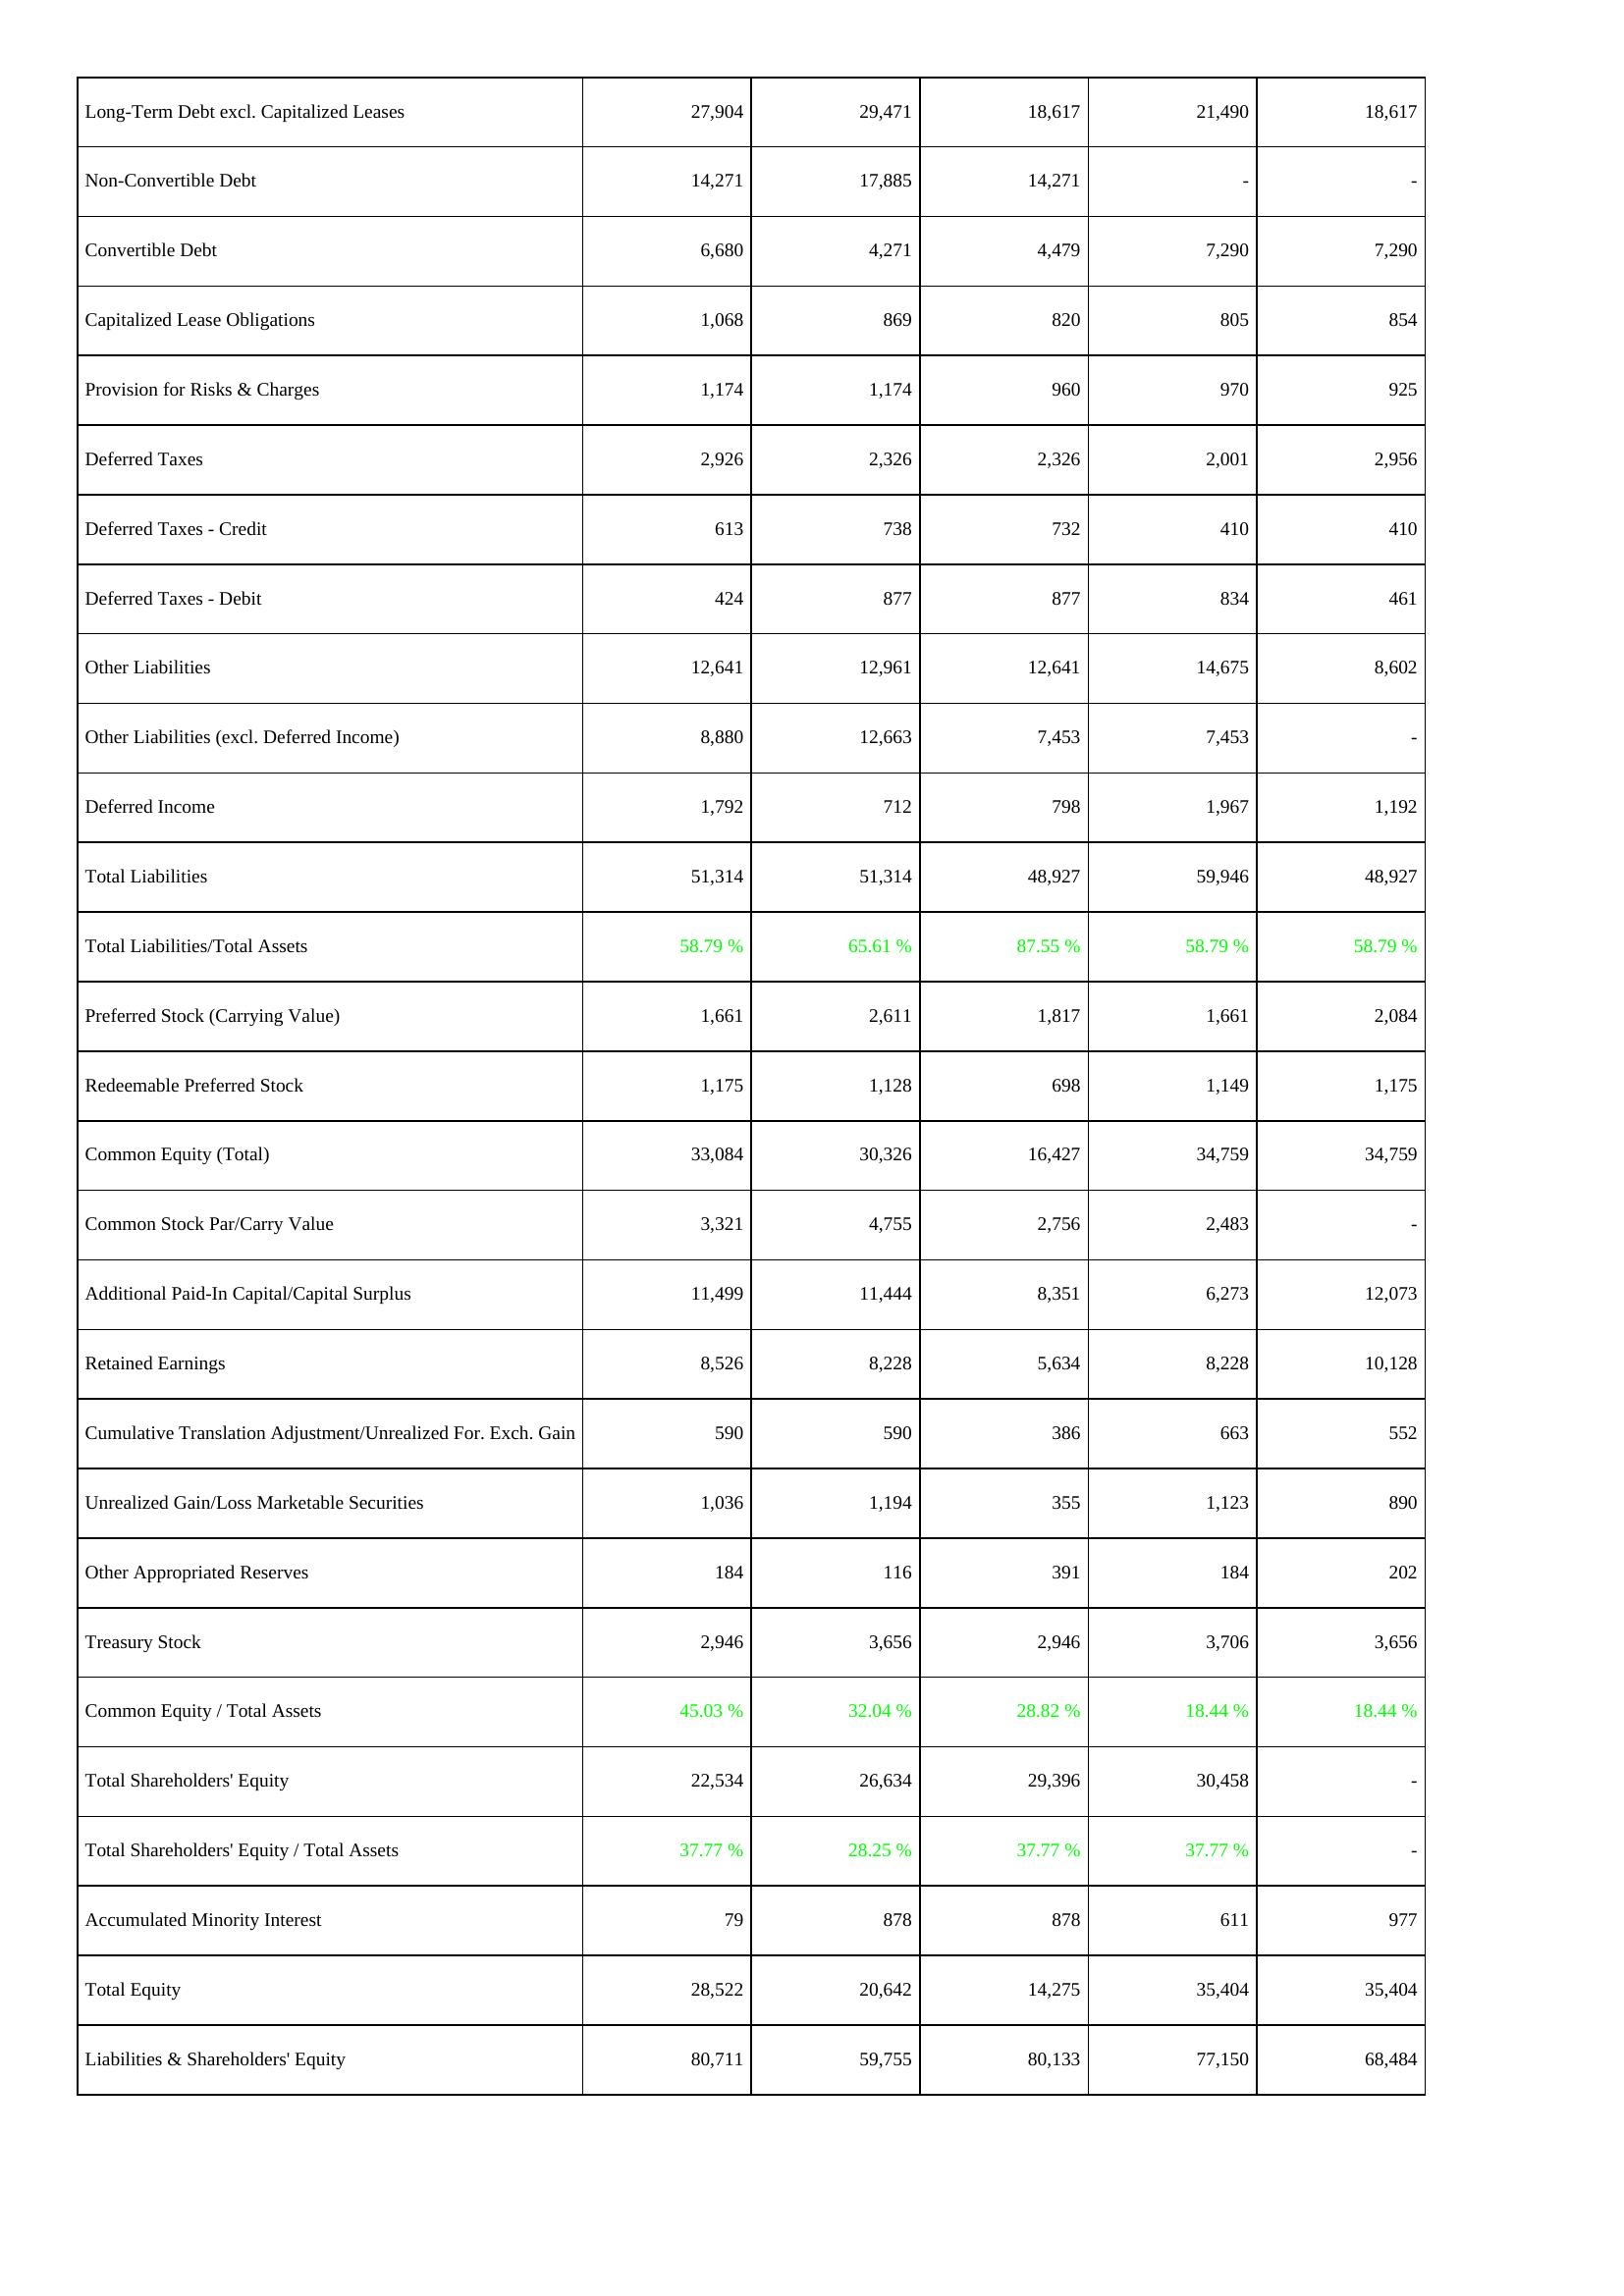
2021: Liabilities & Shareholders' Equity: Long-Term Debt excl. Capitalized Leases: 27,904
Non-Convertible Debt: 14,271
Convertible Debt: 6,680
Capitalized Lease Obligations: 1,068
Provision for Risks & Charges: 1,174
Deferred Taxes: 2,926
Deferred Taxes - Credit: 613
Deferred Taxes - Debit: 424
Other Liabilities: 12,641
Other Liabilities (excl. Deferred Income): 8,880
Deferred Income: 1,792
Total Liabilities: 51,314
Total Liabilities/Total Assets: 58.79 %
Preferred Stock (Carrying Value): 1,661
Redeemable Preferred Stock: 1,175
Common Equity (Total): 33,084
Common Stock Par/Carry Value: 3,321
Additional Paid-In Capital/Capital Surplus: 11,499
Retained Earnings: 8,526
Cumulative Translation Adjustment/Unrealized For. Exch. Gain: 590
Unrealized Gain/Loss Marketable Securities: 1,036
Other Appropriated Reserves: 184
Treasury Stock: 2,946
Common Equity / Total Assets: 45.03 %
Total Shareholders' Equity: 22,534
Total Shareholders' Equity / Total Assets: 37.77 %
Accumulated Minority Interest: 79
Total Equity: 28,522
Liabilities & Shareholders' Equity: 80,711
2020: Liabilities & Shareholders' Equity: Long-Term Debt excl. Capitalized Leases: 29,471
Non-Convertible Debt: 17,885
Convertible Debt: 4,271
Capitalized Lease Obligations: 869
Provision for Risks & Charges: 1,174
Deferred Taxes: 2,326
Deferred Taxes - Credit: 738
Deferred Taxes - Debit: 877
Other Liabilities: 12,961
Other Liabilities (excl. Deferred Income): 12,663
Deferred Income: 712
Total Liabilities: 51,314
Total Liabilities/Total Assets: 65.61 %
Preferred Stock (Carrying Value): 2,611
Redeemable Preferred Stock: 1,128
Common Equity (Total): 30,326
Common Stock Par/Carry Value: 4,755
Additional Paid-In Capital/Capital Surplus: 11,444
Retained Earnings: 8,228
Cumulative Translation Adjustment/Unrealized For. Exch. Gain: 590
Unrealized Gain/Loss Marketable Securities: 1,194
Other Appropriated Reserves: 116
Treasury Stock: 3,656
Common Equity / Total Assets: 32.04 %
Total Shareholders' Equity: 26,634
Total Shareholders' Equity / Total Assets: 28.25 %
Accumulated Minority Interest: 878
Total Equity: 20,642
Liabilities & Shareholders' Equity: 59,755
2019: Liabilities & Shareholders' Equity: Long-Term Debt excl. Capitalized Leases: 18,617
Non-Convertible Debt: 14,271
Convertible Debt: 4,479
Capitalized Lease Obligations: 820
Provision for Risks & Charges: 960
Deferred Taxes: 2,326
Deferred Taxes - Credit: 732
Deferred Taxes - Debit: 877
Other Liabilities: 12,641
Other Liabilities (excl. Deferred Income): 7,453
Deferred Income: 798
Total Liabilities: 48,927
Total Liabilities/Total Assets: 87.55 %
Preferred Stock (Carrying Value): 1,817
Redeemable Preferred Stock: 698
Common Equity (Total): 16,427
Common Stock Par/Carry Value: 2,756
Additional Paid-In Capital/Capital Surplus: 8,351
Retained Earnings: 5,634
Cumulative Translation Adjustment/Unrealized For. Exch. Gain: 386
Unrealized Gain/Loss Marketable Securities: 355
Other Appropriated Reserves: 391
Treasury Stock: 2,946
Common Equity / Total Assets: 28.82 %
Total Shareholders' Equity: 29,396
Total Shareholders' Equity / Total Assets: 37.77 %
Accumulated Minority Interest: 878
Total Equity: 14,275
Liabilities & Shareholders' Equity: 80,133
2018: Liabilities & Shareholders' Equity: Long-Term Debt excl. Capitalized Leases: 21,490
Non-Convertible Debt: -
Convertible Debt: 7,290
Capitalized Lease Obligations: 805
Provision for Risks & Charges: 970
Deferred Taxes: 2,001
Deferred Taxes - Credit: 410
Deferred Taxes - Debit: 834
Other Liabilities: 14,675
Other Liabilities (excl. Deferred Income): 7,453
Deferred Income: 1,967
Total Liabilities: 59,946
Total Liabilities/Total Assets: 58.79 %
Preferred Stock (Carrying Value): 1,661
Redeemable Preferred Stock: 1,149
Common Equity (Total): 34,759
Common Stock Par/Carry Value: 2,483
Additional Paid-In Capital/Capital Surplus: 6,273
Retained Earnings: 8,228
Cumulative Translation Adjustment/Unrealized For. Exch. Gain: 663
Unrealized Gain/Loss Marketable Securities: 1,123
Other Appropriated Reserves: 184
Treasury Stock: 3,706
Common Equity / Total Assets: 18.44 %
Total Shareholders' Equity: 30,458
Total Shareholders' Equity / Total Assets: 37.77 %
Accumulated Minority Interest: 611
Total Equity: 35,404
Liabilities & Shareholders' Equity: 77,150
2017: Liabilities & Shareholders' Equity: Long-Term Debt excl. Capitalized Leases: 18,617
Non-Convertible Debt: -
Convertible Debt: 7,290
Capitalized Lease Obligations: 854
Provision for Risks & Charges: 925
Deferred Taxes: 2,956
Deferred Taxes - Credit: 410
Deferred Taxes - Debit: 461
Other Liabilities: 8,602
Other Liabilities (excl. Deferred Income): -
Deferred Income: 1,192
Total Liabilities: 48,927
Total Liabilities/Total Assets: 58.79 %
Preferred Stock (Carrying Value): 2,084
Redeemable Preferred Stock: 1,175
Common Equity (Total): 34,759
Common Stock Par/Carry Value: -
Additional Paid-In Capital/Capital Surplus: 12,073
Retained Earnings: 10,128
Cumulative Translation Adjustment/Unrealized For. Exch. Gain: 552
Unrealized Gain/Loss Marketable Securities: 890
Other Appropriated Reserves: 202
Treasury Stock: 3,656
Common Equity / Total Assets: 18.44 %
Total Shareholders' Equity: -
Total Shareholders' Equity / Total Assets: -
Accumulated Minority Interest: 977
Total Equity: 35,404
Liabilities & Shareholders' Equity: 68,484